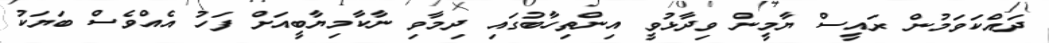
ދައްކަވަމުން ރައީސް ޔާމީން ވިދާޅުވީ އިންތިހާބުގައި ދިމާވި ނާކާމިޔާބީއަށް ފަހު އެއްވެސް ބަޔަކު